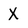
Character: X